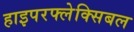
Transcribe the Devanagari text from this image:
हाइपरफ्लेक्सिबल